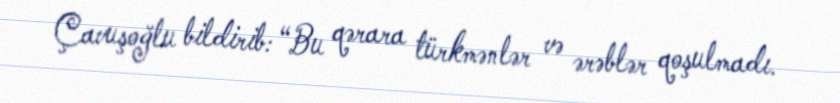
Çavuşoğlu bildirib: “Bu qərara türkmənlər və ərəblər qoşulmadı.